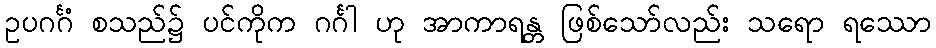
ဥပဂင်္ဂံ စသည်၌ ပင်ကိုက ဂင်္ဂါ ဟု အာကာရန္တ ဖြစ်သော်လည်း သရော ရဿော